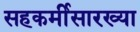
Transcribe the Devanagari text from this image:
सहकर्मीसारख्या